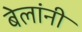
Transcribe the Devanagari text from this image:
बेलांनी